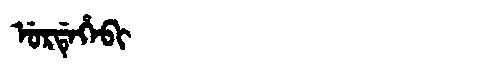
Manchu: ᡠᡵᡩᡝᡥᡝᠪᡳ
Romanization: URDEHEBI